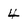
Character: 4